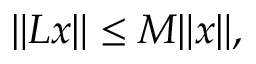
\| L x \| \leq M \| x \| ,